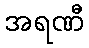
အရဏီ